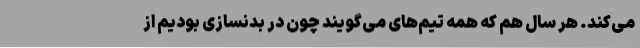
می‌کند. هر سال هم که همه تیم‌های می‌گویند چون در بدنسازی بودیم از